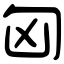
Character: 匈